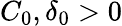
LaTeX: C_{0},\delta_{0}>0